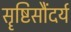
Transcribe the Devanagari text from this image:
सॄष्टिसौंदर्य